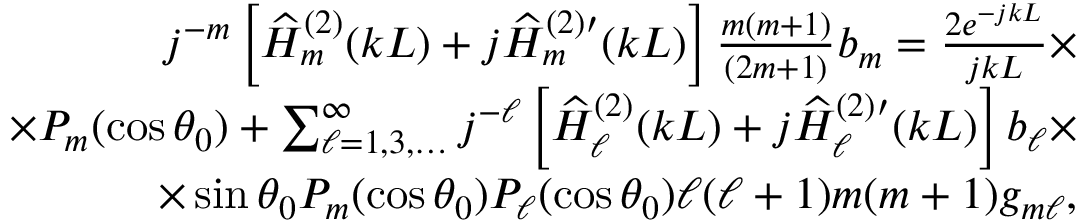
\begin{array} { r l r } { j ^ { - m } \left[ \widehat { H } _ { m } ^ { ( 2 ) } ( k L ) + j \widehat { H } _ { m } ^ { ( 2 ) \prime } ( k L ) \right] \frac { m ( m + 1 ) } { ( 2 m + 1 ) } b _ { m } = \frac { 2 e ^ { - j k L } } { j k L } \times } & { } & \\ { \times P _ { m } ( \cos \theta _ { 0 } ) + \sum _ { \ell = 1 , 3 , \ldots } ^ { \infty } j ^ { - \ell } \left[ \widehat { H } _ { \ell } ^ { ( 2 ) } ( k L ) + j \widehat { H } _ { \ell } ^ { ( 2 ) \prime } ( k L ) \right] b _ { \ell } \times } & { } & \\ { \times \sin \theta _ { 0 } P _ { m } ( \cos \theta _ { 0 } ) P _ { \ell } ( \cos \theta _ { 0 } ) \ell ( \ell + 1 ) m ( m + 1 ) g _ { m \ell } , } & { } & \end{array}